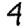
Digit: 4